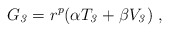
\begin{align*}G_{\it 3} = r^p (\alpha T_{\it 3} +\beta V_{\it 3} )\ ,\end{align*}